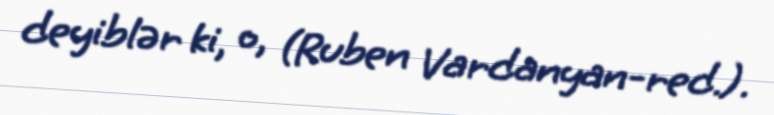
deyiblər ki, o, (Ruben Vardanyan-red.).